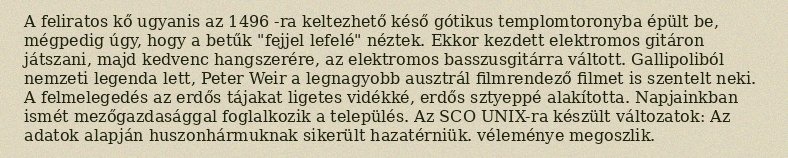
A feliratos kő ugyanis az 1496 -ra keltezhető késő gótikus templomtoronyba épült be, mégpedig úgy, hogy a betűk "fejjel lefelé" néztek. Ekkor kezdett elektromos gitáron játszani, majd kedvenc hangszerére, az elektromos basszusgitárra váltott. Gallipoliból nemzeti legenda lett, Peter Weir a legnagyobb ausztrál filmrendező filmet is szentelt neki. A felmelegedés az erdős tájakat ligetes vidékké, erdős sztyeppé alakította. Napjainkban ismét mezőgazdasággal foglalkozik a település. Az SCO UNIX-ra készült változatok: Az adatok alapján huszonhármuknak sikerült hazatérniük. véleménye megoszlik.